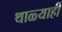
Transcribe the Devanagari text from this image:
थाळ्याही